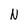
Character: N